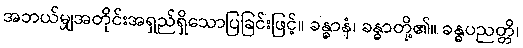
အဘယ်မျှအတိုင်းအရှည်ရှိသောပြခြင်းဖြင့်။ ခန္ဓာနံ၊ ခန္ဓာတို့၏။ ခန္ဓပညတ္တိ၊